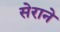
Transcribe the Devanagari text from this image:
सेराने